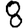
Digit: 8